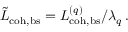
\tilde { L } _ { \mathrm { c o h , b s } } = L _ { \mathrm { c o h , b s } } ^ { ( q ) } / \lambda _ { q } \, .